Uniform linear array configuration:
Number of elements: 24
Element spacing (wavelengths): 0.75
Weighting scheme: hann
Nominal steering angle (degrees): -15
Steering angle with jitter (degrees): -13.141
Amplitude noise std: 0.05
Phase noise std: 0.05

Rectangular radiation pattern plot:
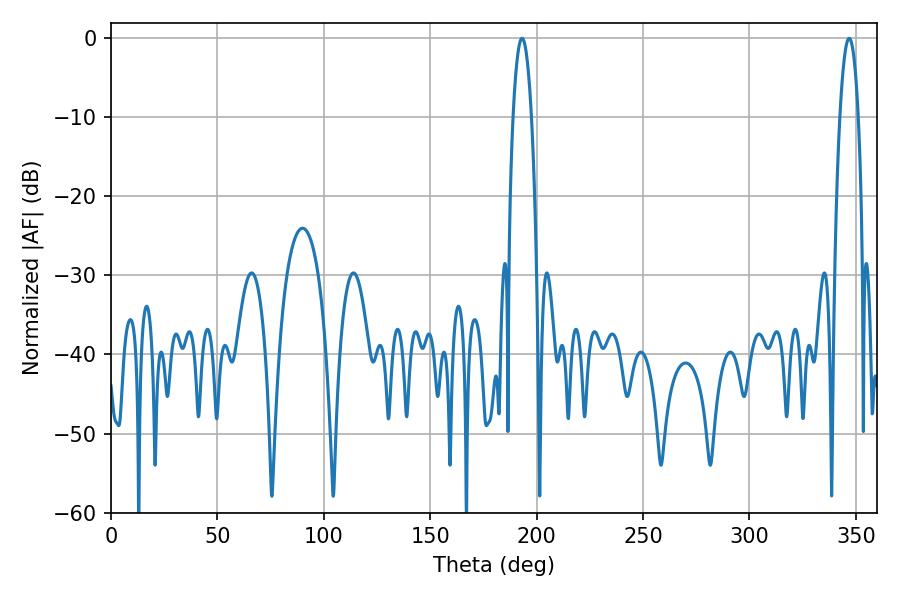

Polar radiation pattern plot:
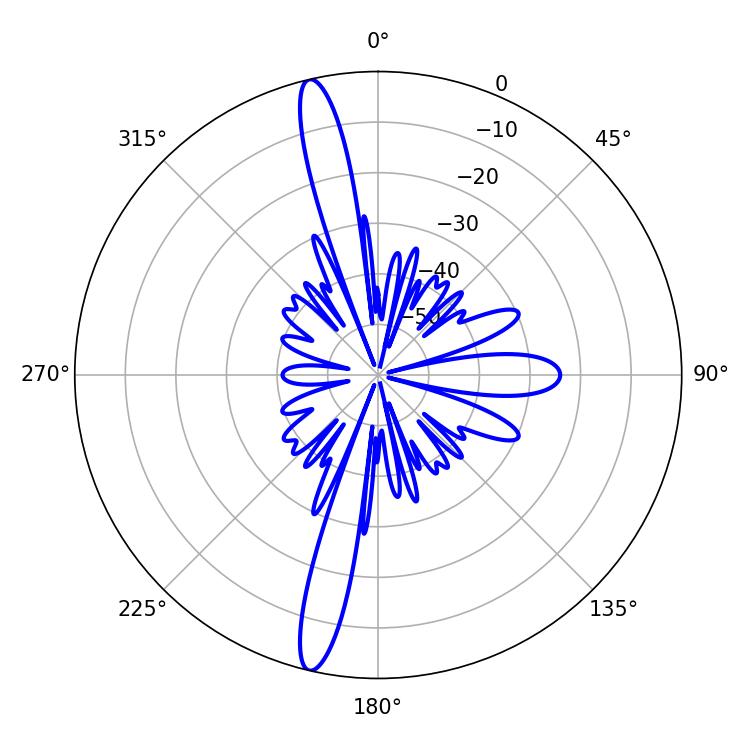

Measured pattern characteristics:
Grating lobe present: TRUE
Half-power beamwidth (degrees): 4.68
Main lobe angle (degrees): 193.14